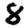
Digit: 8